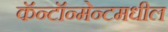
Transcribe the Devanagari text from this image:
कॅन्टॉन्मेन्टमधील